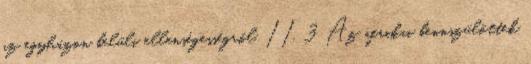
az egyházon belüli ellenségességről. II. 3 Az afrikai bennszülöttek